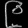
Digit: ၉